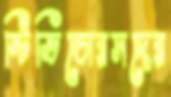
স্টিভিডোরসদের